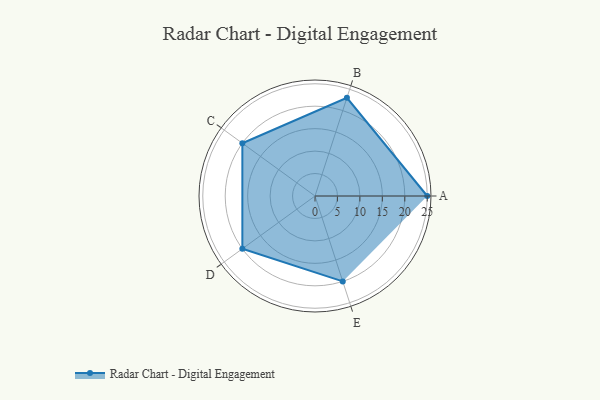
{"axis": {"x": "Skill", "y": "Score"}, "legend": ["Profile"], "data": [{"x": "A", "y": 25.0, "type": "Profile"}, {"x": "B", "y": 23.0, "type": "Profile"}, {"x": "C", "y": 20, "type": "Profile"}, {"x": "D", "y": 20, "type": "Profile"}, {"x": "E", "y": 20, "type": "Profile"}]}